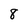
Character: 8